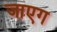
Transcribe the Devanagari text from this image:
जाएग